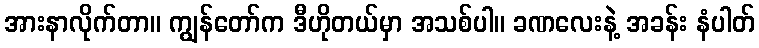
အားနာလိုက်တာ။ ကျွန်တော်က ဒီဟိုတယ်မှာ အသစ်ပါ။ ခဏလေးနဲ့ အခန်း နံပါတ်